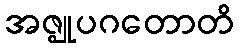
အဇ္ဈုပဂတောတိ